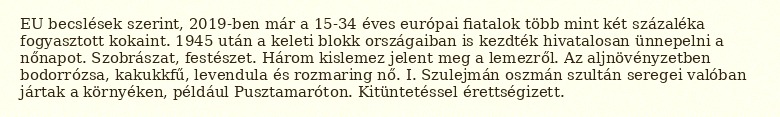
EU becslések szerint, 2019-ben már a 15-34 éves európai fiatalok több mint két százaléka fogyasztott kokaint. 1945 után a keleti blokk országaiban is kezdték hivatalosan ünnepelni a nőnapot. Szobrászat, festészet. Három kislemez jelent meg a lemezről. Az aljnövényzetben bodorrózsa, kakukkfű, levendula és rozmaring nő. I. Szulejmán oszmán szultán seregei valóban jártak a környéken, például Pusztamaróton. Kitüntetéssel érettségizett.